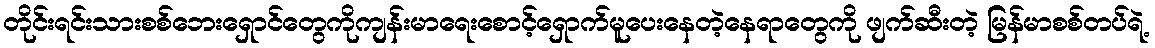
တိုင်းရင်းသားစစ်ဘေးရှောင်တွေကိုကျန်းမာရေးစောင့်ရှောက်မူပေးနေတဲ့နေရာတွေကို ဖျက်ဆီးတဲ့ မြန်မာစစ်တပ်ရဲ့